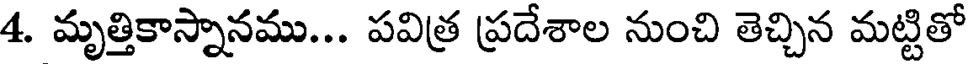
4. మృత్తికాస్నానము... పవిత్ర ప్రదేశాల నుంచి తెచ్చిన మట్టితో